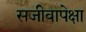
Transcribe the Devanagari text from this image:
सजीवापेक्षा